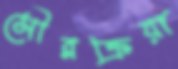
সৌরক্রিয়া